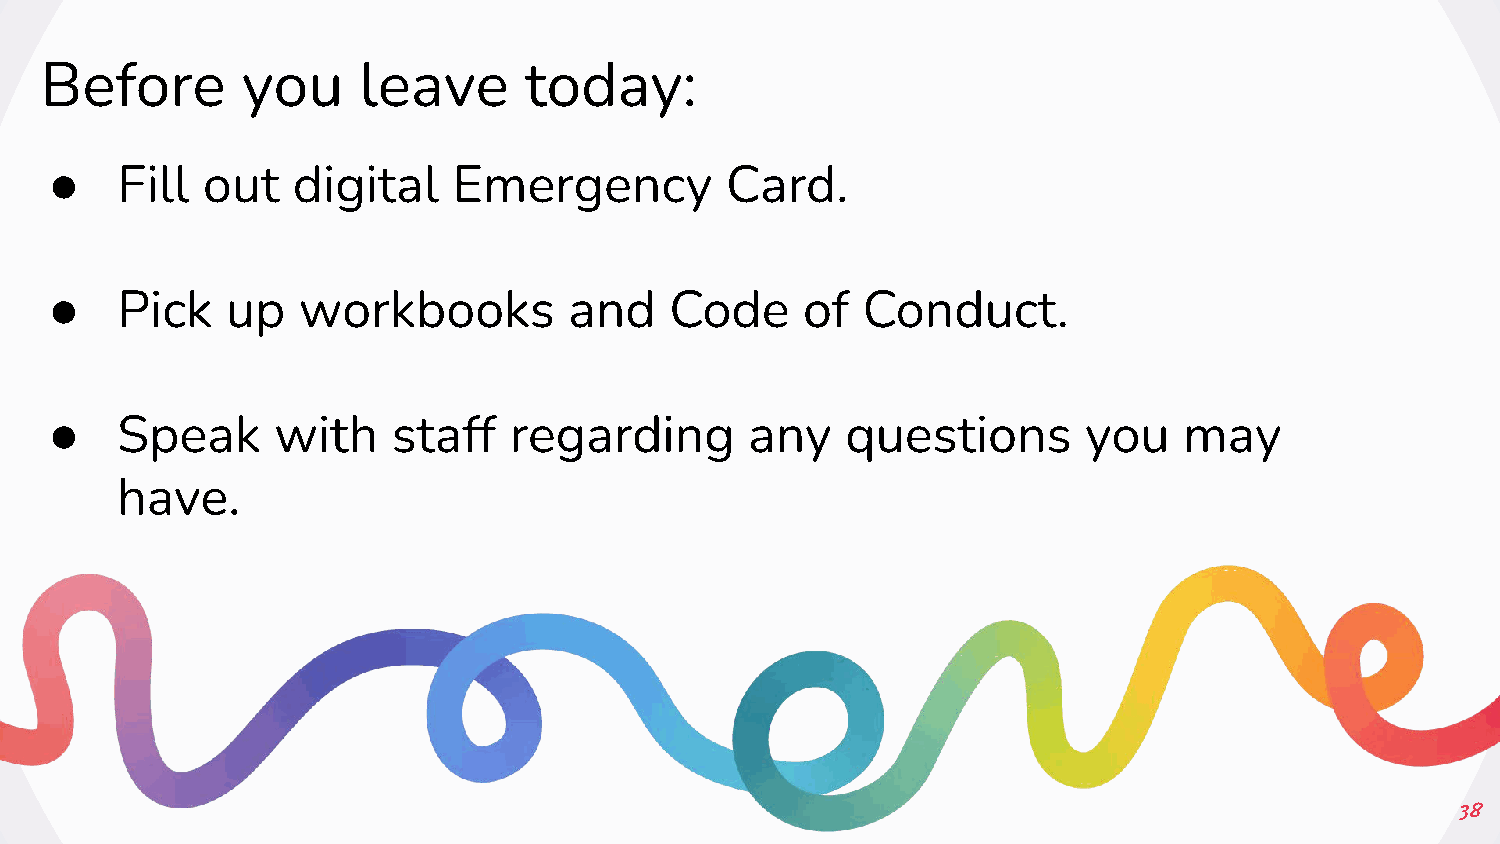
Before       you     leave      today:
 ●
 Fill out   digital    Emergency         Card.
 ●
 Pick   up   workbooks         and   Code     of  Conduct.
 ●
 Speak     with    staff   regarding       any   questions       you   may
 have.
 38